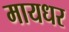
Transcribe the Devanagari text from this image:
मायधर